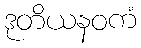
ဒုတိယနဝကံ